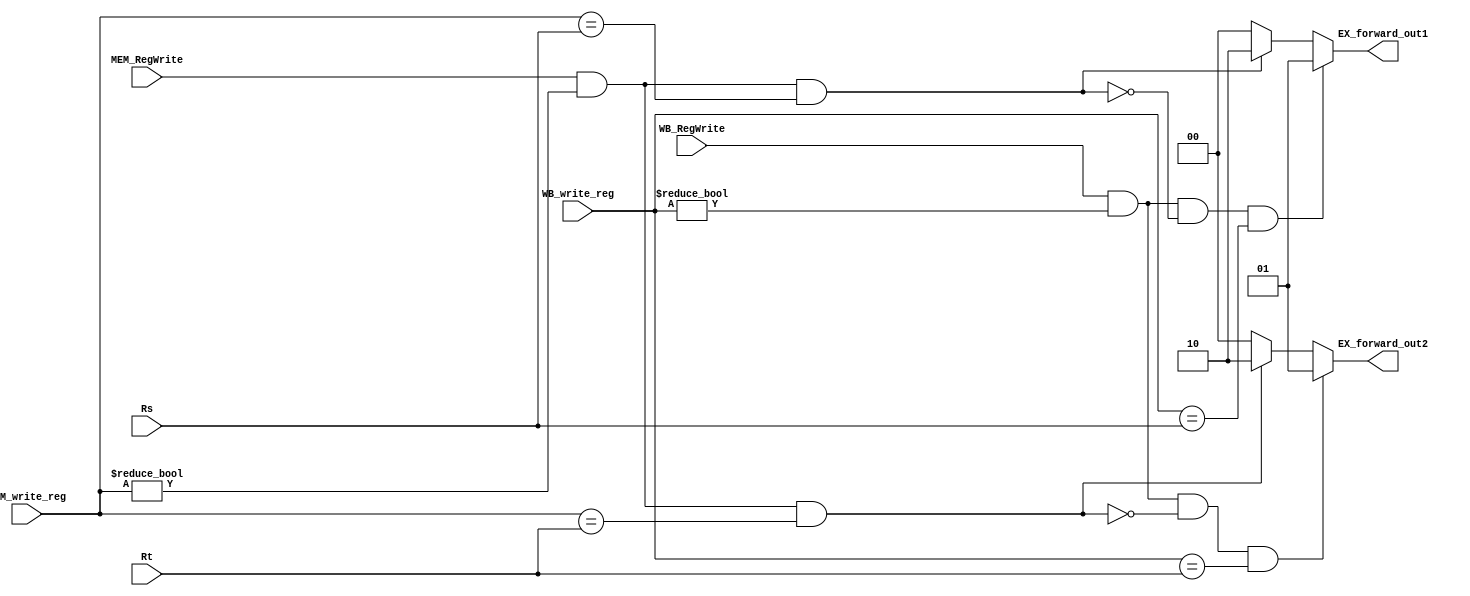
`timescale 1ns / 1ps
//////////////////////////////////////////////////////////////////////////////////
// Company: 
// Engineer: 
// 
// Design Name: 
// Module Name: Forwarding_Unit
// Project Name: 
// Target Devices: 
// Tool Versions: 
// Description: 
// 
// Dependencies: 
// 
// Revision:
// Revision 0.01 - File Created
// Additional Comments:
// 
//////////////////////////////////////////////////////////////////////////////////


module Forwarding_Unit(Rs, Rt, MEM_RegWrite, WB_RegWrite, MEM_write_reg, WB_write_reg, EX_forward_out1, EX_forward_out2);
    input [4:0]Rs, Rt, MEM_write_reg, WB_write_reg;
    input  MEM_RegWrite, WB_RegWrite;
    output [1:0]EX_forward_out1,EX_forward_out2;
    
    function [1:0]out1;
        input [4:0]Rs, Rt, MEM_write_reg, WB_write_reg;
        input  MEM_RegWrite, WB_RegWrite;
        begin
            if (WB_RegWrite && (WB_write_reg!=0)&& !(MEM_RegWrite && (MEM_write_reg!=0) && (MEM_write_reg==Rs) ) && (WB_write_reg==Rs) )
                out1=2'b01;
            else if (MEM_RegWrite && (MEM_write_reg!=0) &&(MEM_write_reg==Rs))
                out1=2'b10;
            else
                out1=2'b00;
        end
    endfunction
     function [1:0]out2;
        input [4:0]Rs, Rt, MEM_write_reg, WB_write_reg;
        input  MEM_RegWrite, WB_RegWrite;
        begin
            if (WB_RegWrite && (WB_write_reg!=0)&& !(MEM_RegWrite && (MEM_write_reg!=0) && (MEM_write_reg==Rt) ) && (WB_write_reg==Rt) )
                out2=2'b01;
            else if (MEM_RegWrite && (MEM_write_reg!=0) &&(MEM_write_reg==Rt))
                out2=2'b10;
            else
                out2=2'b00;
        end
    endfunction
    assign EX_forward_out1=out1(Rs, Rt,  MEM_write_reg, WB_write_reg,MEM_RegWrite, WB_RegWrite);
    assign EX_forward_out2=out2(Rs, Rt,  MEM_write_reg, WB_write_reg,MEM_RegWrite, WB_RegWrite);
endmodule